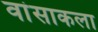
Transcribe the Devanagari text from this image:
वांसाकला